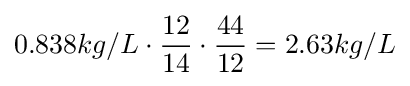
0.838kg/L\cdot {\frac {12}{14}}\cdot {\frac {44}{12}}=2.63kg/L